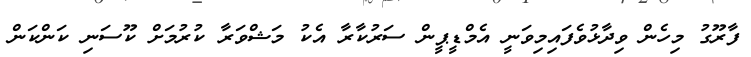
ފާރޫގު މިހެން ވިދާޅުވެފައިމިވަނީ އެމްޑީޕީން ސަރުކާރާ އެކު މަޝްވަރާ ކުރުމަށް ކޫސަނި ކަންކަން